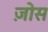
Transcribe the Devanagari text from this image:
ज़ोस